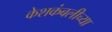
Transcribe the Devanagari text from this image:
केशकंबलीच्या